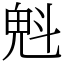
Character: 𣁽